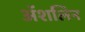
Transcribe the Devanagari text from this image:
अॅशलिन